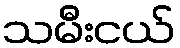
သမီးငယ်